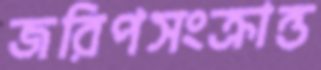
জরিপসংক্রান্ত